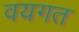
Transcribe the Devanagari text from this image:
वयगत